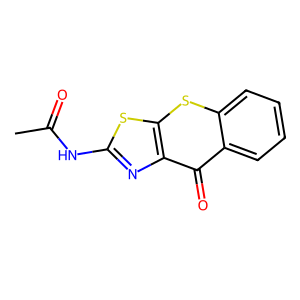
SMILES: CC(=O)Nc1nc2c(=O)c3ccccc3sc2s1
Inhibits HIV replication: No